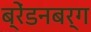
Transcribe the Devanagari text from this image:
ब्रेंडनबर्ग